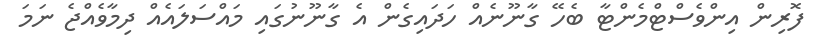
ފޮރިން އިންވެސްޓްމެންޓާ ބެހޭ ގާނޫނެއް ހަދައިގެން އެ ގާނޫނުގައި މައްސަލައެއް ދިމާވެއްޖެ ނަމަ